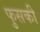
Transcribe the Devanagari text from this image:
फुसकी